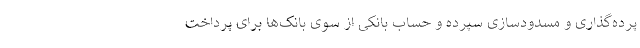
پرده‌گذاری و مسدودسازی سپرده و حساب بانکی از سوی بانک‌ها برای پرداخت